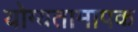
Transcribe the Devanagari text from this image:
योग्यतामापक